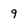
Character: q